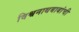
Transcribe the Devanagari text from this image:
विश्वनाथबाबांची